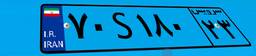
۴۷S۴۴۷۷۹